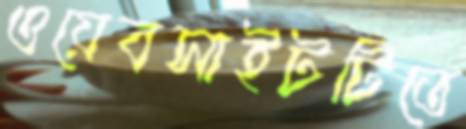
ওয়েবসাইটটিতে